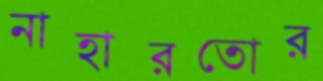
নাহারতোর